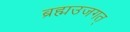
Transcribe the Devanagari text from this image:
ब्रह्मउजगत्